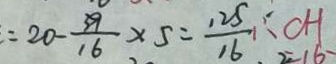
= 2 0 - \frac { 3 9 } { 1 6 } \times 5 = \frac { 1 2 5 } { 1 6 } \therefore C H